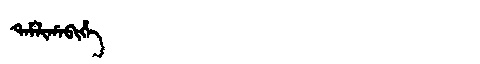
Manchu: ᡨᠠᠮᠯᡳᡥᠠᠪᡳᡥᡝ
Romanization: TAMLIHABIHE